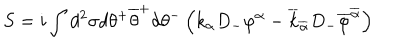
S = i \int d ^ { 2 } \sigma d \theta ^ { + } \overline { { { \theta } } } ^ { + } d \theta ^ { - } \left( k _ { \alpha } D _ { - } \varphi ^ { \alpha } - \overline { { { k } } } _ { \overline { { { \alpha } } } } D _ { - } \overline { { { \varphi } } } ^ { \overline { { { \alpha } } } } \right)